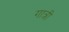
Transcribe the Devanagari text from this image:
गात्री